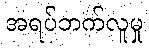
အရပ်ဘက်လူမှု